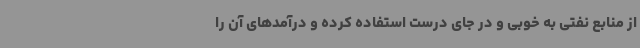
از منابع نفتی به خوبی و در جای درست استفاده کرده و درآمدهای آن را